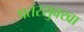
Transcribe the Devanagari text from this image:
पतरसुक्खा